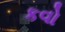
કવો